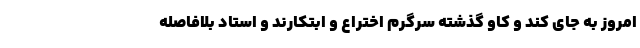
امروز به جای کند و کاو گذشته سرگرم اختراع و ابتکارند و استاد بلافاصله